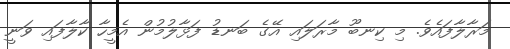
މަރާލާފައެވެ. މި ކިނބޫ މާރަލައި އޭގެ ބަނޑު ފަޅާލުމުން އެމީހާ ކާލާފައި ވަނީ